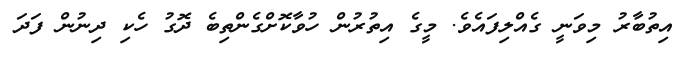
އިތުބާރު މިވަނީ ގެއްލިފައެވެ. މީގެ އިތުރުން ހުވާކޮށްގެންތިބެ ދޮގު ހެކި ދިނުން ފަދަ